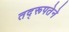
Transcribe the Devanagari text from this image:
तद्‌रूपतेने